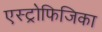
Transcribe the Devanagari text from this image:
एस्ट्रोफिजिका